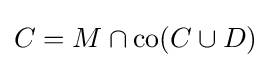
C=M\cap \operatorname {co} (C\cup D)